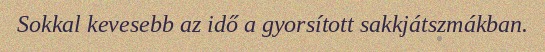
Sokkal kevesebb az idő a gyorsított sakkjátszmákban.